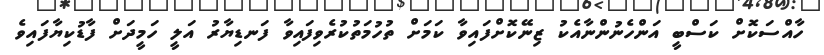
ހާއްސަކޮށް ކަސްބީ އަންހެނުންނާއެކު ޒިނޭކޮށްފައިވާ ކަމަށް ތުހުމަތުކުރެވިފައިވާ ފަނޑިޔާރު އަލީ ހަމީދަށް ފާޑުކިޔާފައިވެ